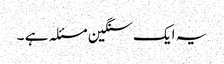
یہ ایک سنگین مسئلہ ہے ۔